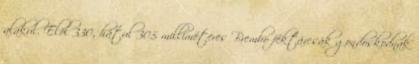
alakul. Elöl 330, hátul 305 milliméteres Brembo féktárcsák gondoskodnak